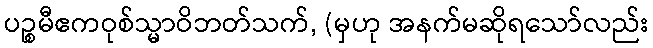
ပဉ္စမီဧကဝုစ်သ္မာဝိဘတ်သက်, (မှဟု အနက်မဆိုရသော်လည်း